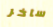
ساخر